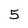
Character: 5